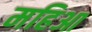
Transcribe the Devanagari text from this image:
महिआ